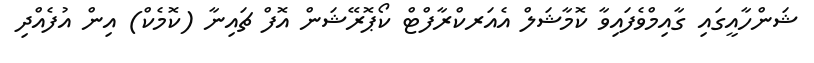
ޝަންހާއީގައި ގާއިމްވެފައިވާ ކޮމާޝަލް އެއަރކްރާފްޓް ކޯޕޮރޭޝަން އޮފް ޗައިނާ (ކޮމެކް) އިން އުފެއްދި